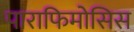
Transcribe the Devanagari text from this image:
पाराफिमोसिस